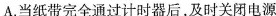
A.当纸带完全通过计时器后，及时关闭电源